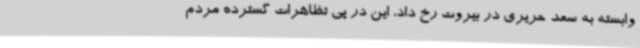
وابسته به سعد حریری در بیروت رخ داد، این در پی تظاهرات گسترده مردم